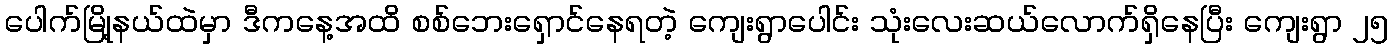
ပေါက်မြို့နယ်ထဲမှာ ဒီကနေ့အထိ စစ်ဘေးရှောင်နေရတဲ့ ကျေးရွာပေါင်း သုံးလေးဆယ်လောက်ရှိနေပြီး ကျေးရွာ ၂၅